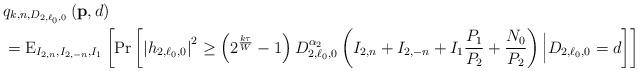
LaTeX: \begin{align*}&q_{k,n,D_{2,\ell_0,0}}\left({\bf p},d\right)\\&={\rm E}_{I_{2,n},I_{2,-n},I_{1}}\left[{\rm Pr}\left[\left|h_{2,\ell_0,0}\right|^{2}\ge \left(2^{\frac{k\tau}{W}}-1\right)D_{2,\ell_0,0}^{\alpha_2}\left(I_{2,n}+I_{2,-n}+I_{1}\frac{P_1}{P_2}+\frac{N_{0}}{P_2}\right)\Big|D_{2,\ell_0,0}=d\right]\right]\end{align*}